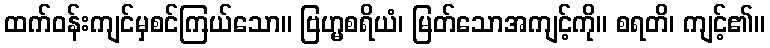
ထက်ဝန်းကျင်မှစင်ကြယ်သော။ ဗြဟ္မစရိယံ၊ မြတ်သောအကျင့်ကို။ စရတိ၊ ကျင့်၏။